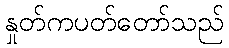
နှုတ်ကပတ်တော်သည်